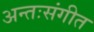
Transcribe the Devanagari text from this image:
अन्तःसंगीत